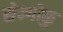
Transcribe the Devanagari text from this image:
सेन्गोकु